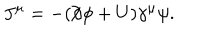
LaTeX: J ^ { \mu } = - ( / \hspace { - 0 . 5 e m } \partial \phi + U ) \gamma ^ { \mu } \psi .